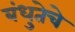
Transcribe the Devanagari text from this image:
बंधुतेचे